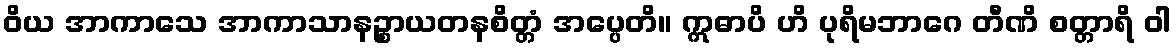
ဝိယ အာကာသေ အာကာသာနဉ္စာယတနစိတ္တံ အပ္ပေတိ။ ဣဓာပိ ဟိ ပုရိမဘာဂေ တီဏိ စတ္တာရိ ဝါ